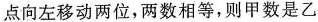
点向左移动两位，两数相等，则甲数是乙